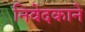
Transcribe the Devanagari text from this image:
निवेदकाने